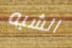
الشبه